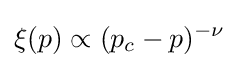
\xi (p)\propto (p_{c}-p)^{-\nu }